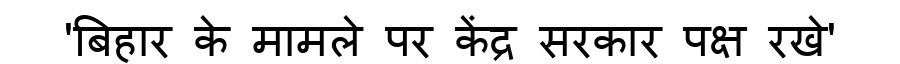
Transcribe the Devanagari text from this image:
'बिहार के मामले पर केंद्र सरकार पक्ष रखे'